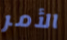
الأمر